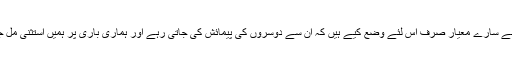
یا ہم نے سارے معیار صرف اس لئے وضع کیے ہیں کہ اُن سے دوسروں کی پیمائش کی جاتی رہے اور ہماری باری پر ہمیں استثنیٰ مل جائے۔